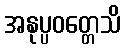
အနုပ္ပဝတ္တေသိ